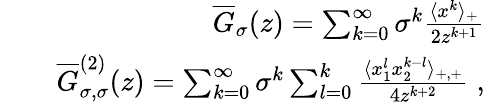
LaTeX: \begin{array}{rlr}&{}&{\overline{{G}}_{\sigma}(z)=\sum_{k=0}^{\infty}\sigma^{k}\frac{\langle x^{k}\rangle_{+}}{2z^{k+1}}}\\ &{}&{\overline{{G}}_{\sigma,\sigma}^{(2)}(z)=\sum_{k=0}^{\infty}\sigma^{k}\sum_{l=0}^{k}\frac{\langle x_{1}^{l}x_{2}^{k-l}\rangle_{+,+}}{4z^{k+2}}\; ,}\end{array}